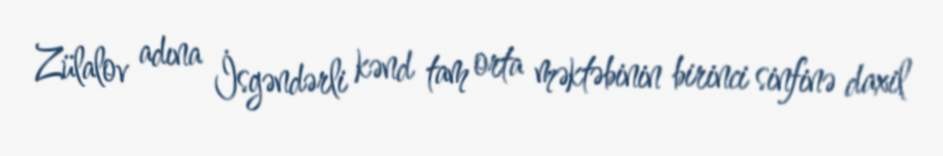
Zülalov adına İsgəndərli kənd tam orta məktəbinin birinci sinfinə daxil